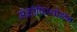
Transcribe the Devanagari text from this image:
मॅक्रॉपिस्थोडॉन